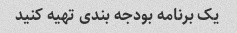
یک برنامه بودجه بندی تهیه کنید